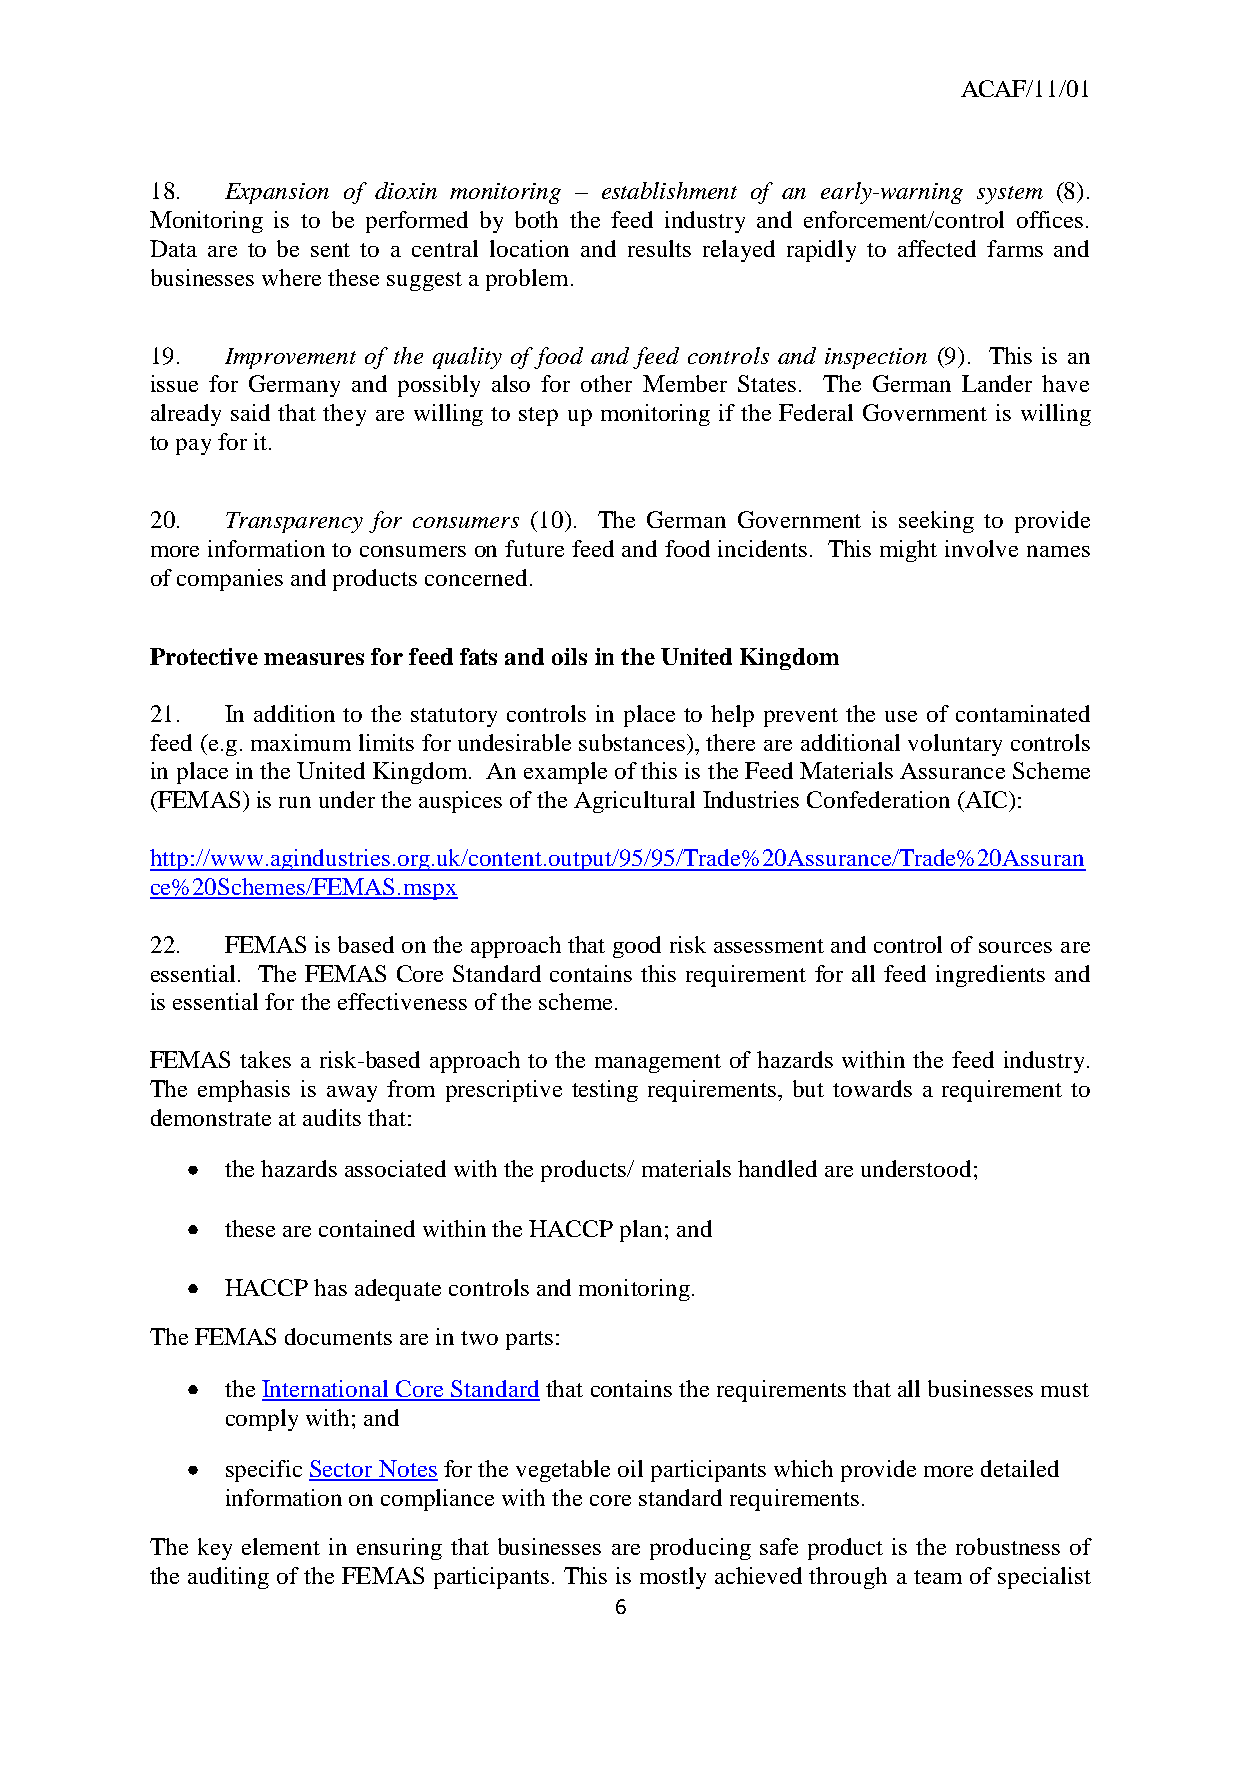
ACAF/11/01
 18.  Expansion of dioxin monitoring – establishment of an early-warning system (8).
 Monitoring is to be performed by both the feed industry and enforcement/control offices.
 Data are to be sent to a central location and results relayed rapidly to affected farms and
 businesses where these suggest a problem.
 19.  Improvement of the quality of food and feed controls and inspection (9). This is an
 issue for Germany and possibly also for other Member States. The German Lander have
 already said that they are willing to step up monitoring if the Federal Government is willing
 to pay for it.
 20.  Transparency for consumers (10). The German Government is seeking to provide
 more information to consumers on future feed and food incidents. This might involve names
 of companies and products concerned.
 Protective measures for feed fats and oils in the United Kingdom
 21.  In addition to the statutory controls in place to help prevent the use of contaminated
 feed (e.g. maximum limits for undesirable substances), there are additional voluntary controls
 in place in the United Kingdom. An example of this is the Feed Materials Assurance Scheme
 (FEMAS) is run under the auspices of the Agricultural Industries Confederation (AIC):
 http://www.agindustries.org.uk/content.output/95/95/Trade%20Assurance/Trade%20Assuran
 ce%20Schemes/FEMAS.mspx
 22.  FEMAS is based on the approach that good risk assessment and control of sources are
 essential. The FEMAS Core Standard contains this requirement for all feed ingredients and
 is essential for the effectiveness of the scheme.
 FEMAS takes a risk-based approach to the management of hazards within the feed industry.
 The emphasis is away from prescriptive testing requirements, but towards a requirement to
 demonstrate at audits that:
 the hazards associated with the products/ materials handled are understood;
 these are contained within the HACCP plan; and
 HACCP has adequate controls and monitoring.
 The FEMAS documents are in two parts:
 the International Core Standard that contains the requirements that all businesses must
 comply with; and
 specific Sector Notes for the vegetable oil participants which provide more detailed
 information on compliance with the core standard requirements.
 The key element in ensuring that businesses are producing safe product is the robustness of
 the auditing of the FEMAS participants. This is mostly achieved through a team of specialist
 6